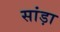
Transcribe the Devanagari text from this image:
सांड़ा